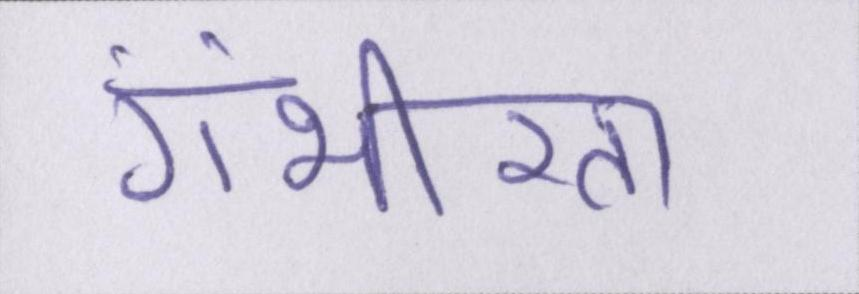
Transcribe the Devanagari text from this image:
गंभीरता